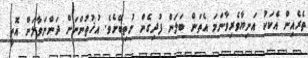
ތެރެއިން އެކަކު އަނިޔާވެރިވާނަމަ އެތަން ބަލަން ފުދިގެން ނުތިބޭށެވެ. އުޚުތުންނަށް ދަންނަވާލަން އޮތީ